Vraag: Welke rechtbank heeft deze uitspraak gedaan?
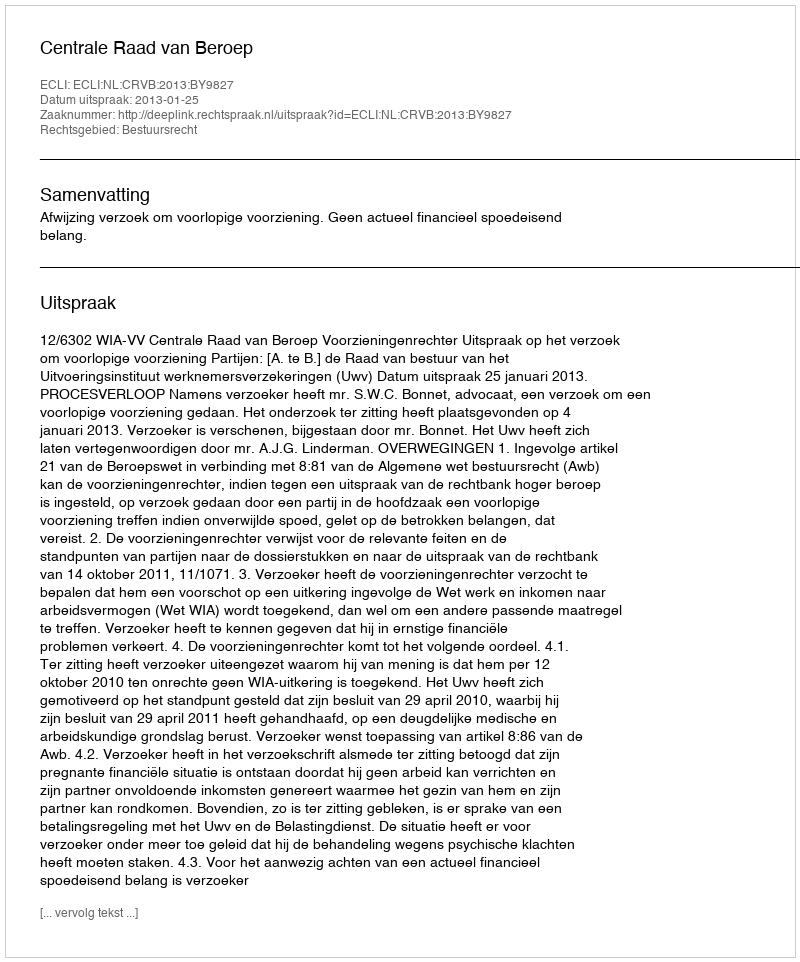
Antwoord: Centrale Raad van Beroep